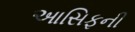
આસિફની